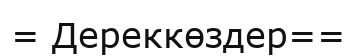
= Дереккөздер==